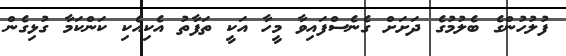
ފުލުހުންގެ ބެލުމުގެ ދަށަށް ގެނެސްފައިވާ މީހާ އަކީ ތަފާތު އެކިއެކި ކަންކަމާ ގުޅިގެން